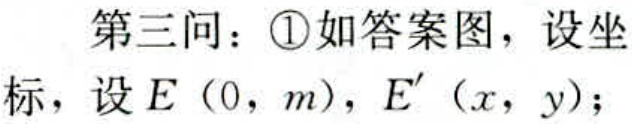
第三问：\textcircled{1}如答案图，设坐标，设\(E(0,m)\)，\(E'(x,y)\)；